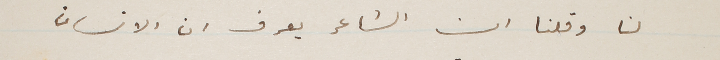
لنا وقلنا ان الشاعر يعرف ان الانسان